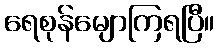
ရေစုန်မျောကြရပြီ။